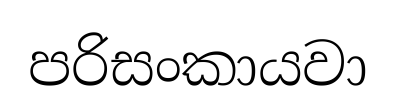
පරිසංකායවා